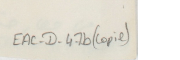
EAC-D-47b (copie)